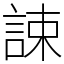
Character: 誎